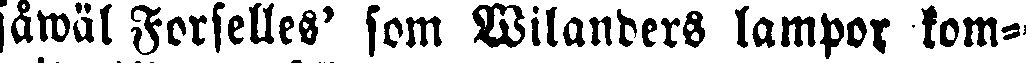
såwäl Forselles' som Wilanders lampor, kom-